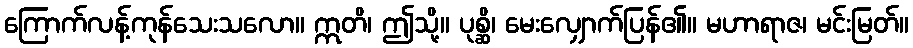
ကြောက်လန့်ကုန်သေးသလော။ ဣတိ၊ ဤသို့။ ပုစ္ဆိ၊ မေးလျှောက်ပြန်၏။ မဟာရာဇ၊ မင်းမြတ်။